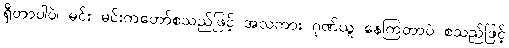
ရှိတာပါပဲ၊ မင်း မင်းကတော်စသည်ဖြင့် အလကား ဂုဏ်ယူ နေကြတာပဲ စသည်ဖြင့်